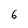
Character: 6